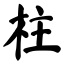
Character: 柱